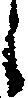
之